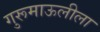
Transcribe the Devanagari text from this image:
गुरूमाऊलीला